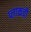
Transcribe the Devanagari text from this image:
प्लाकची